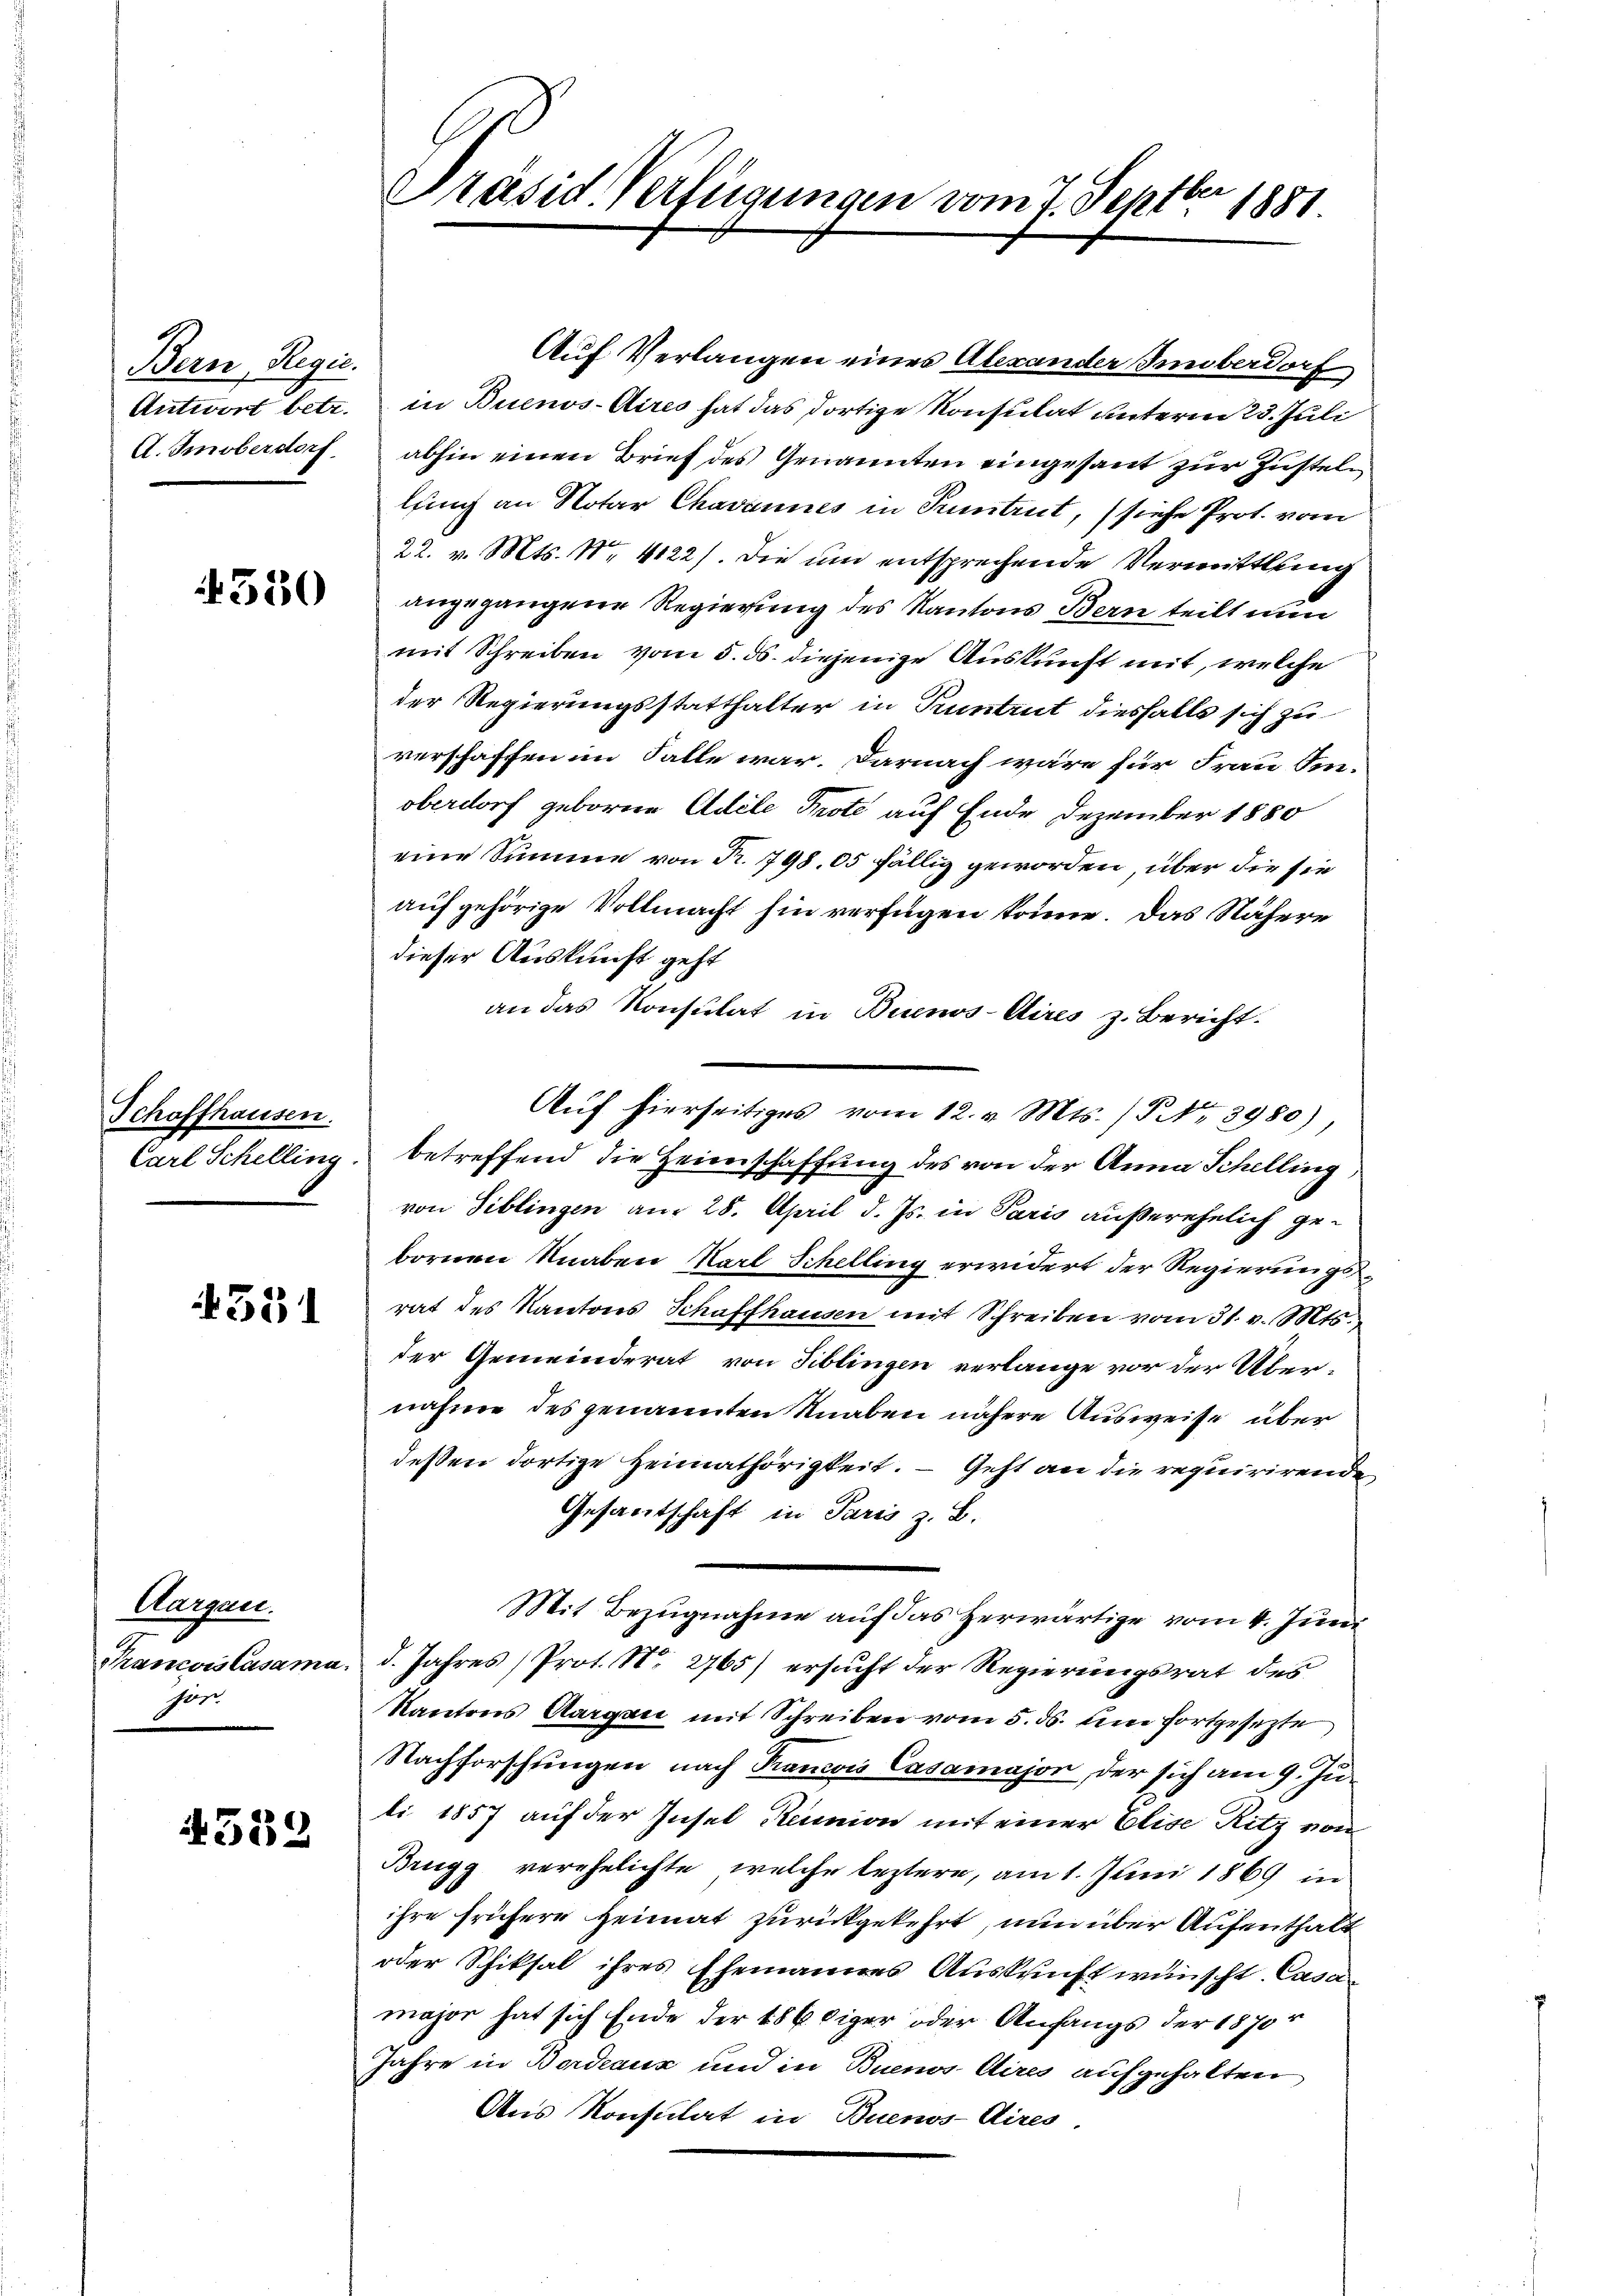
Bern, Regie
A.Imoberdorf

350

Schaffhausen.

331

Aargau.
Francoislasama.
sen

4559

Auf Verlangen eines Alexander Inüberdorf
Antwort betr. in Buenos-Aires hat das dortige Konsulat unterm 23. Juli
abhin einen Brief des Genannten eingesant zur Zustellung an Notar Chavannes in Pruntrut, (siehe Prot. vom
22. v. Mts. Nr. 4122). Die um entsprechende Vermittlung
angegangene Regierung des Kantons Bern teilt nun
mit Schreiben vom 5. ds. diejenige Auskunft mit, welche
der Regierungsstatthalter in Tuntrut diesfalls sich zu
verschaffen im Falle war. Darnach wäre für Frau Iinoberdorf geborene Adele Prote auf Ende Dezember 1880
eine Summe von Fr. 798. 05 fällig geworden, über die sie
aufgehörige Vollmacht hin verfügen könne. Das Nähere
dieser Auskunft geht
an das Konsulat in Buenos-Aires z. Bericht.
Auf hierseitiges vom 12. v. Mts. / NNo. 3980)
Carl Schelling, betreffend die Heimschaffung des von der Anna Schelling,
von Siblingen am 28. April d. Js. in Paris außerehelich gebornen Knaben Karl Schelling erwidert der Regierungsrat des Kantons Schaffhausen mit Schreiben vom 31. v. Mts.
der Gemeinderat von Tiblingen verlange vor der Übernahme des genannten Knaben nähere Ausweise über
deßen dortige Heimathörigkeit. — Geht an die requirirende
Gesantschaft in Paris z. B.
Mit Bezugnahme auf das Herwärtige vom 4. Juni
d. Jahres (Prot. N. 2765) ersucht der Regierungsrat des
Kantons Aargau mit Schreiben vom 5. ds. en fortgesezte
Nachforschungen nach Rancois Casamajor, der sich am 9. Juli 1857 auf der Insel Reinion mit einer Elise Ritz von
Brugg verehelichte, welche leztere, am 1. Juni 1869 in
ihre frühere Heimat zurückgekehrt, nun über Aufenthalt
oder Schiksal ihres Ehemannes Auskunft wünscht. Casa
major hat sich Ende der 186 diger oder Anfangs der 1870
Jahre in Bordeaux und in Buenos Aires aufgehalten
Aus Konsulat in Buenos-Aires

Ver
Präsid. Verfügungen vom 7. Sept. 1881.